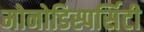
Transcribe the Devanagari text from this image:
मोनोडिस्पर्सिटी